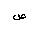
Letter: _sad